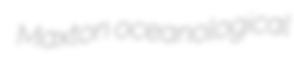
Maxton oceanological